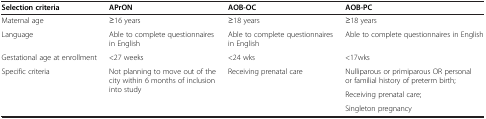
<table><thead><tr><td><b>Selection criteria</b></td><td><b>APrON</b></td><td><b>AOB-OC</b></td><td><b>AOB-PC</b></td></tr></thead><tbody><tr><td>Maternal age</td><td>≥16 years</td><td>≥18 years</td><td>≥18 years</td></tr><tr><td>Language</td><td>Able to complete questionnaires in English</td><td>Able to complete questionnaires in English</td><td>Able to complete questionnaires in English</td></tr><tr><td>Gestational age at enrollment</td><td>&lt;27 weeks</td><td>&lt;24 wks</td><td>&lt;17wks</td></tr><tr><td rowspan="3">Specific criteria</td><td rowspan="3">Not planning to move out of the city within 6 months of inclusion into study</td><td rowspan="3">Receiving prenatal care</td><td>Nulliparous or primiparous OR personal or familial history of preterm birth;</td></tr><tr><td>Receiving prenatal care;</td></tr><tr><td>Singleton pregnancy</td></tr></tbody></table>